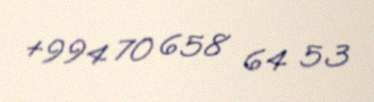
+994 70 658 64 53